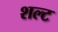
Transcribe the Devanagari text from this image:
शल्ट